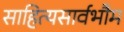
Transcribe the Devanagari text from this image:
साहित्यसार्वभौम